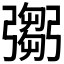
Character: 𢐨